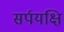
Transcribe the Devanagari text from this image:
सर्पयक्षि